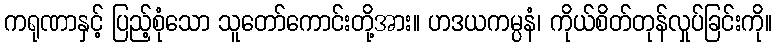
ကရုဏာနှင့် ပြည့်စုံသော သူတော်ကောင်းတို့အား။ ဟဒယကမ္ပနံ၊ ကိုယ်စိတ်တုန်လှုပ်ခြင်းကို။